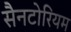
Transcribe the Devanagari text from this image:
सैनटोरियम